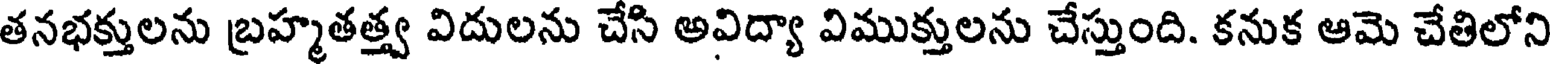
తనభక్తులను బ్రహ్మతత్త్వ విదులను చేసి అవిద్యా విముక్తులను చేస్తుంది. కనుక ఆమె చేతిలోని